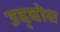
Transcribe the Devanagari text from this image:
उद्घोध